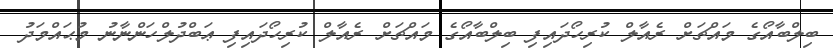
ބިލްބާއޯގެ މައްޗަށް ރެއާލް ކުރިހޯދައިފި ބިލްބާއޯގެ މައްޗަށް ރެއާލް ކުރިހޯދައިފި ޢަބްދުލްހަންނާނު މުޙައްމަދު